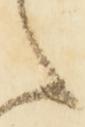
之